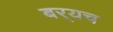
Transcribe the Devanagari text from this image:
बर्‍यच